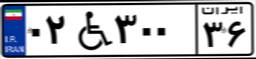
۰۲W۳۰۰۳۶